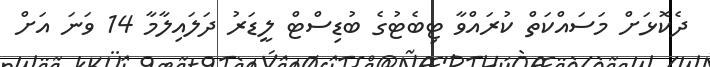
ދެކޮޅަށް މަސައްކަތް ކުރައްވާ ޓިބެޓުގެ ބުޑިސްޓް ލީޑަރު ދަލައިލާމާ 14 ވަނަ އަށް